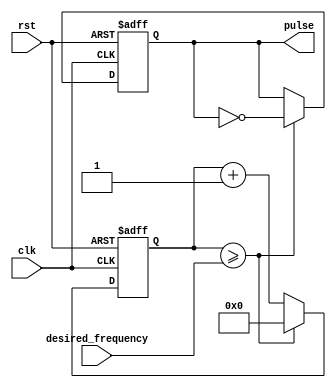
module variable_frequency_pulse_generator(
    input clk,
    input rst,
    input [31:0] desired_frequency,
    output reg pulse
);

reg [31:0] counter;

always @(posedge clk or posedge rst) begin
    if (rst) begin
        counter <= 0;
        pulse <= 0;
    end else begin
        counter <= counter + 1;
        if (counter >= desired_frequency) begin
            pulse <= ~pulse;
            counter <= 0;
        end
    end
end

endmodule